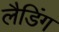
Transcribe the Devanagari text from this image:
लैडिंग